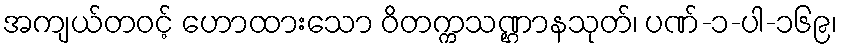
အကျယ်တဝင့် ဟောထားသော ဝိတက္ကသဏ္ဌာနသုတ်၊ ပဏ်-၁-ပါ-၁၆၉၊